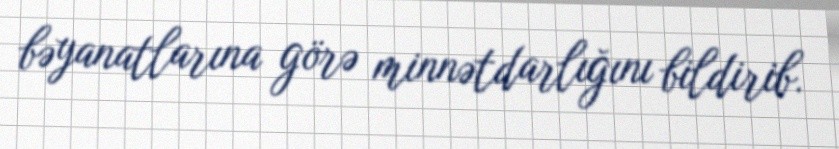
bəyanatlarına görə minnətdarlığını bildirib.